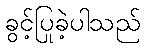
ခွင့်ပြုခဲ့ပါသည်